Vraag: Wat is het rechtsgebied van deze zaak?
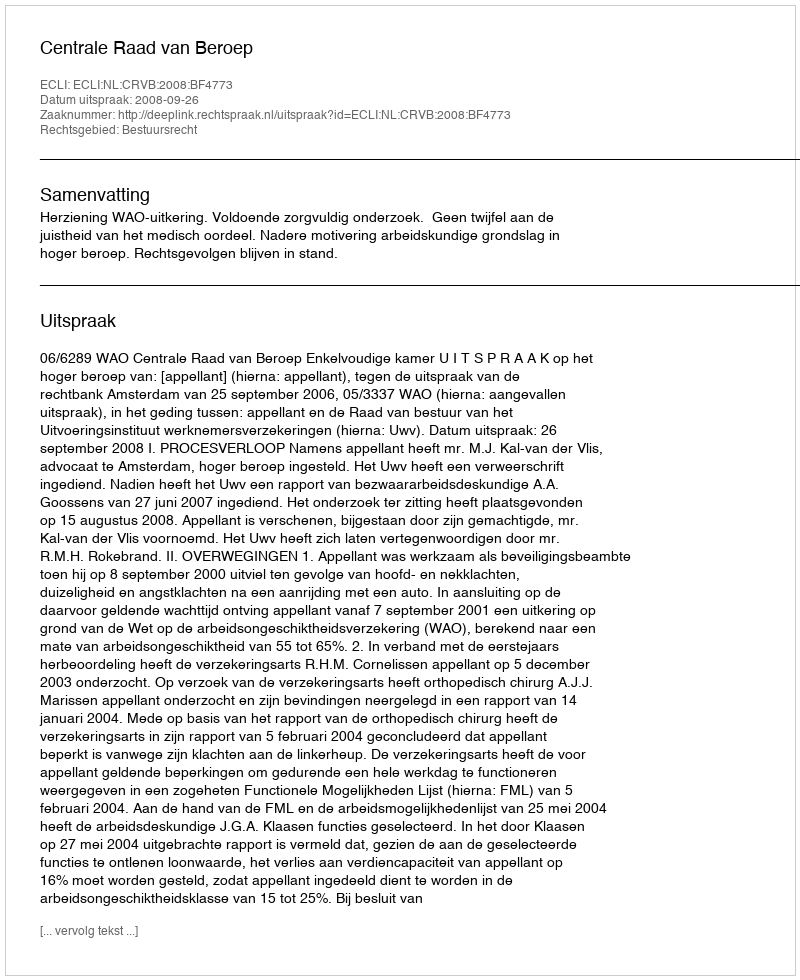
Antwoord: Bestuursrecht